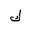
Letter: _kaf